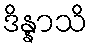
ဒိန္နာသိ